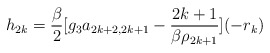
\begin{align*}h_{2k} = \frac{\beta }{2}[ g_3 a_{2k+2,2k+1} -\frac{2k+1}{\beta \rho _{2k+1}}] (-r_k) \end{align*}